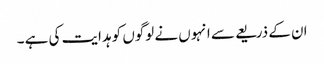
ان کے ذریعے سے انہوں نے لوگوں کو ہدایت کی ہے ۔